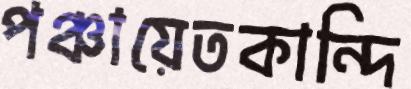
পঞ্চায়েতকান্দি